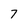
Character: 7